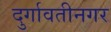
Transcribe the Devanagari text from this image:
दुर्गावतीनगर